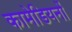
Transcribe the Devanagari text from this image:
कामेडियनों